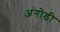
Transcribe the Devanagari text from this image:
अंगोडी